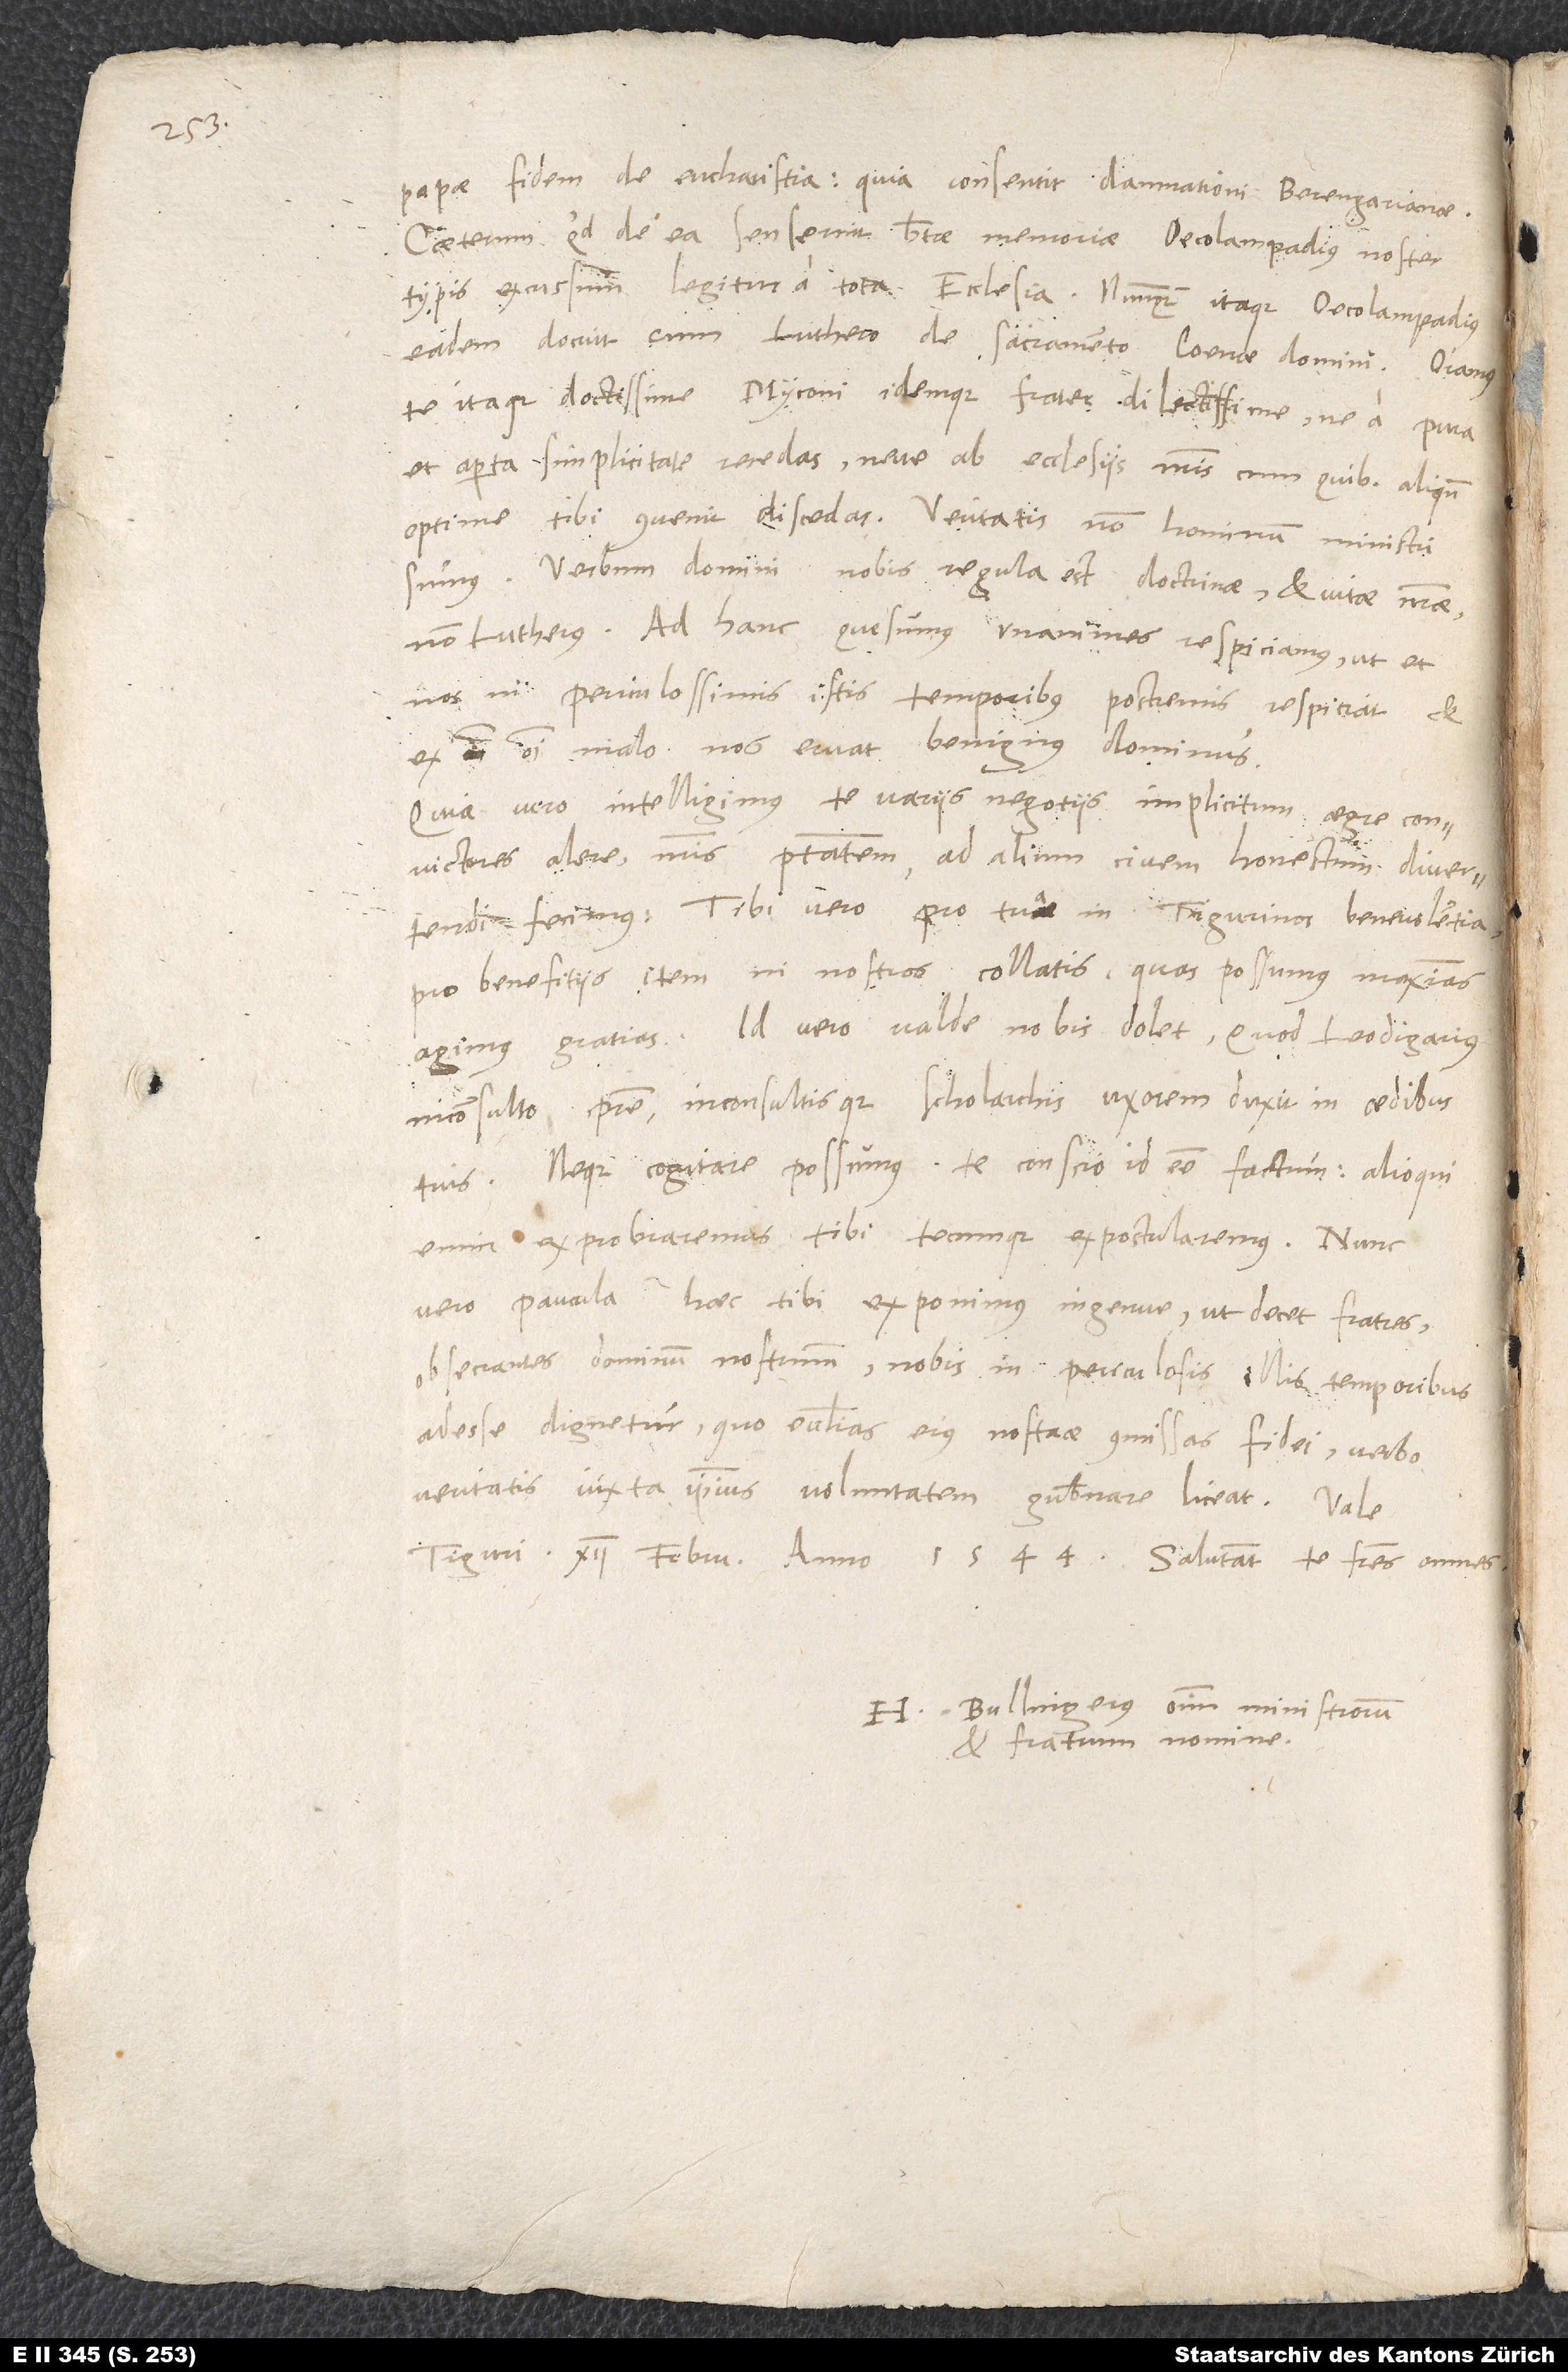
papae fidem de eucharistia, quia consentit damnationi Berengarianae.
Caeterum quid de ea senserit beatae memoriae Oecolampadius, nosti;
typis excusum legitur a tota ecclesia. Nunquam itaque Oecolampadius
eadem docuit cum Luthero de sacramento coenae domini.
te itaque, doctissime Myconi idemque frater dilectissime, ne a pura
et aperta simplicitate recedas neve ab ecclesiis nostris, cum quibus aliquando
optime tibi convenit, discedas. Veritatis, non hominum ministri
sumus. Verbum domini nobis regula est doctrinae et vitae nostrae,
Ad hanc, quaesumus, unanimes respiciamus, ut et
nos in periculosissimis istis temporibus postremis respiciat et
ex omni malo nos eruat benignus dominus.
Quia vero intelligimus te variis negotiis implicitum aegre convictores
Tibi vero pro tua in Tigurinos benevolentia,
pro beneficiis item in nostros collatis, quas possumus maximas
agimus gratias. Id vero valde nobis dolet, quod Leodigarius
inconsulto patre inconsultisque scholarchis uxorem duxit in aedibus
tuis, neque cogitare possumus te conscio id esse factum; alioqui
enim exprobraremus tibi tecumque expostularemus.
vero paucula haec tibi exponimus ingenue, ut decet fratres,
obsecrantes dominum nostrum, nobis in periculosis illis temporibus
adesse dignetur, quo ecclesias eius nostrae commissas fidei verbo
veritatis iuxta ipsius voluntatem gubernare liceat. Vale.
H. Bullingerus omnium minist rum
et fratrum nomine.